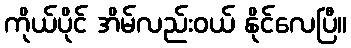
ကိုယ်ပိုင် အိမ်လည်းဝယ် နိုင်လေပြီ။